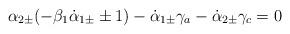
LaTeX: \begin{align*}\alpha_{2\pm} (-\beta_1 \dot\alpha_{1\pm} \pm 1) - \dot\alpha_{1\pm} \gamma_a -\dot\alpha_{2\pm} \gamma_c = 0\end{align*}